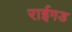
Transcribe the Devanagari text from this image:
राईगड